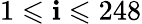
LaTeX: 1\leqslant\mathbf{i}\leqslant248